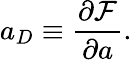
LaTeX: a_{D}\equiv\frac{\partial{\cal F}}{\partial a}.